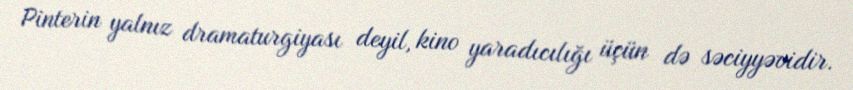
Pinterin yalnız dramaturgiyası deyil, kino yaradıcılığı üçün də səciyyəvidir.